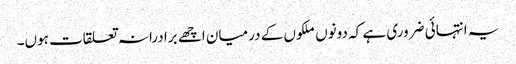
یہ انتہائی ضروری ہے کہ دونوں ملکوں کے درمیان اچھے برادرانہ تعلقات ہوں۔